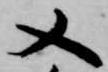
又